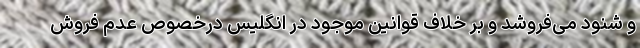
و شنود می‌فروشد و بر خلاف قوانین موجود در انگلیس درخصوص عدم فروش